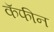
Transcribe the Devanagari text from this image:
कॅफीन